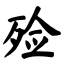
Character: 殓